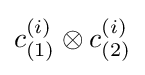
c_{(1)}^{(i)}\otimes c_{(2)}^{(i)}